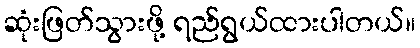
ဆုံးဖြတ်သွားဖို့ ရည်ရွယ်ထားပါတယ်။